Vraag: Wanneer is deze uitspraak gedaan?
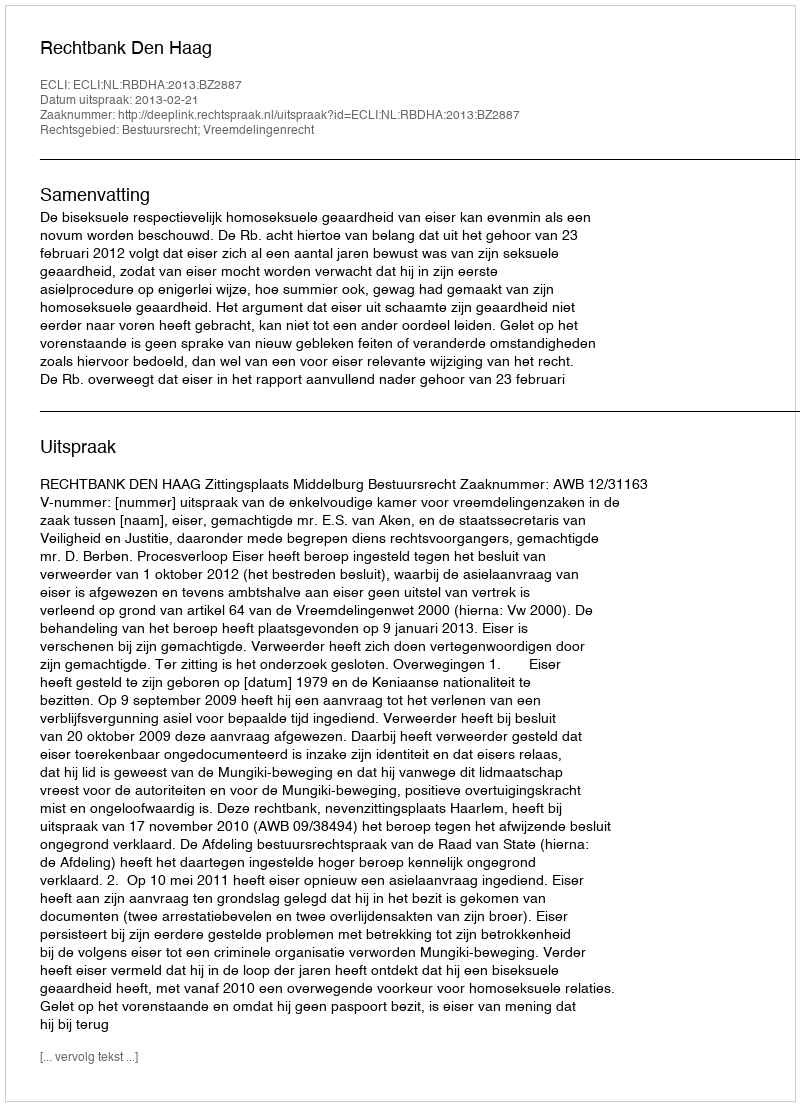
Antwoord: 2013-02-21